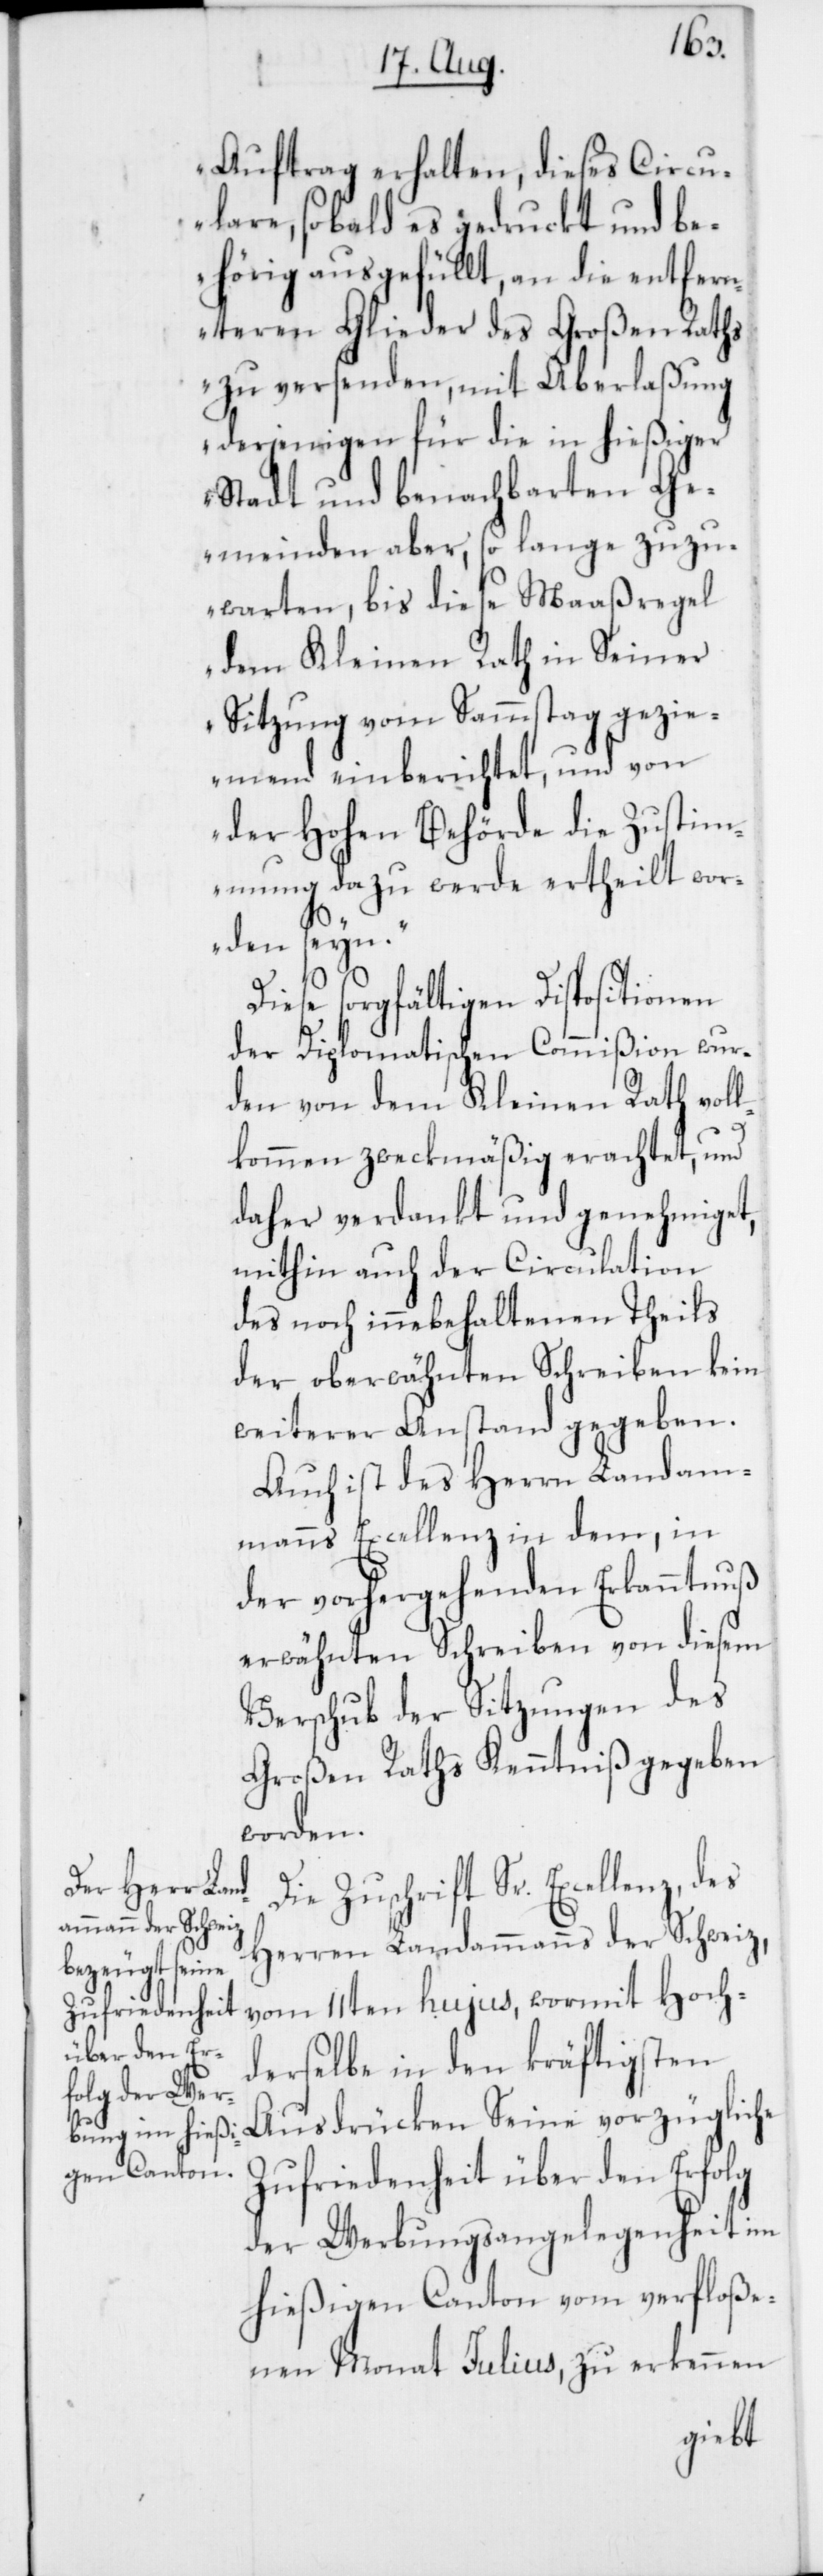
wo¬
Auftrag erhalten, dieses Circu¬
lare, sobald es gedruckt und be¬
hörig ausgefüllt, an die entfern¬
teren Glieder des Großen Raths
zu versenden, mit Aberlaßung
derjenigen für die in hießiger
Stadt und benachbarten Ge¬
meinden aber, so lange zuzu¬
warten, bis diese Maaßregel
dem Kleinen Rath in Seiner
Sitzung vom Samstag gezie¬
mend einberichtet, und von
der Hohen Behörde die Zustimm¬
rden seyn.
ung
Diese sorgfältigen Dispositionen
der Diplomatischen Commißion wur¬
den von dem Kleinen Rath vol¬
lkommen zweckmäßig erachtet, und
daher verdankt und genehmiget,
mithin auch der Circulation
des noch innebehaltenen Theils
der oberwähnten Schreiben kein
weiterer Anstand gegeben.
Auch ist des Herrn Landam¬
manns Excellenz in dem, in
der vorhergehenden Erkanntnuß
erwähnten Schreiben von diesem
Verschub der Sitzungen des
Großen Raths Kenntniß gegeben
worden.
Die Zuschrift Sr. Excellenz, des
Herren Landammanns der Schweiz,
vom 11ten hujus, wormit Hoch¬
derselbe in den kräftigsten
Ausdrücken Seine vorzügliche
Zufriedenheit über den Erfolg
der Werbungsangelegenheit im
hießigen Canton vom verfloße¬
nen Monat Julius, zu erkennen